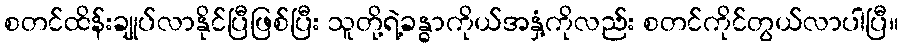
စတင်ထိန်းချုပ်လာနိုင်ပြီဖြစ်ပြီး သူတို့ရဲ့ခန္ဓာကိုယ်အနှံ့ကိုလည်း စတင်ကိုင်တွယ်လာပါပြီ။